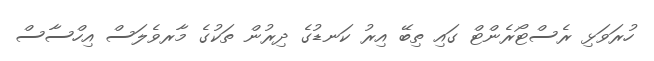
ހުރަވަޅި ރެސްޓޯރެންޓް ގައި ތިބޭ އިރު ކަނޑުގެ ދިރުން ތަކުގެ މާރވެލަސް އިހްސާސް